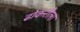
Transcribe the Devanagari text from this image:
ढोकरीला